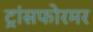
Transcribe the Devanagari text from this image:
ट्रांसफोरमर